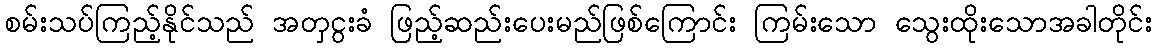
စမ်းသပ်ကြည့်နိုင်သည် အတှငွးခံ ဖြည့်ဆည်းပေးမည်ဖြစ်ကြောင်း ကြမ်းသော သွေးထိုးသောအခါတိုင်း